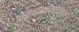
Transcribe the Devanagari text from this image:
वसाहतवाद्यांकडून